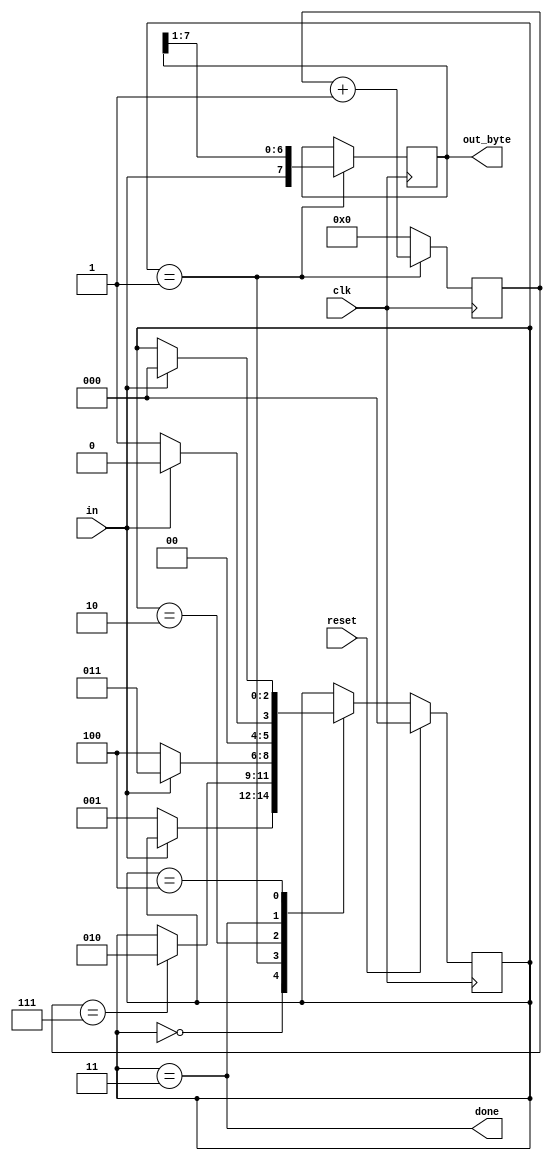
module top_module(
    input clk,
    input in,
    input reset,    // Synchronous reset
    output [7:0] out_byte,
    output done
); //
    parameter NO_OF_DATA_BITS = 8;
	parameter start=0,data=1,stop=2,ds=3,discard=4;
    reg [2:0] state,next_state;
    reg [3:0] dc,dc_next;
    always @(posedge clk)
        if (reset) state <= start;
    	else state <= next_state;
    always @(posedge clk)
        dc <= dc_next;
    assign done = (state == ds);
    always @(*) begin
        next_state = state;
        dc_next = 0;
        case (state)
            start : if (~in) next_state = data;
            data : begin
                if(dc==(NO_OF_DATA_BITS-1))
                    next_state =stop;
                dc_next = dc + 1;
            end
            stop: if(in) next_state = ds; else next_state = discard;
            ds: if(~in) next_state = data; else next_state = start;
            discard: if(in) next_state = start;
        endcase
    end
    // New: Datapath to latch input bits.
    reg [7:0] sr,sr_next;
    assign out_byte = sr;
    always @(posedge clk) sr <= sr_next;
    always @(*) begin
        sr_next = sr;
        if (state == data) begin
            sr_next = {in,sr[7:1]};
        end
    end
endmodule